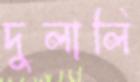
দুলালি